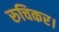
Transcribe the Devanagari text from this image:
रुचिकर।